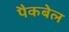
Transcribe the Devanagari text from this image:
पैकबेल